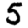
Digit: 5